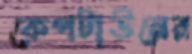
কেপটাউনের